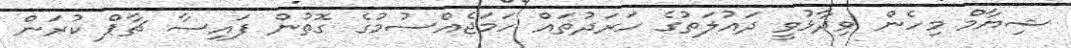
ޝިޔާމް މިހެން ވިދާޅުވީ ދައުލަތުގެ ހަރަދުތައް ހަމަޖެއްސުމުގެ ގޮތުން ފައިސާ ޗާޕް ކުރަން